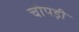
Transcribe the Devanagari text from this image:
चोपड़ी